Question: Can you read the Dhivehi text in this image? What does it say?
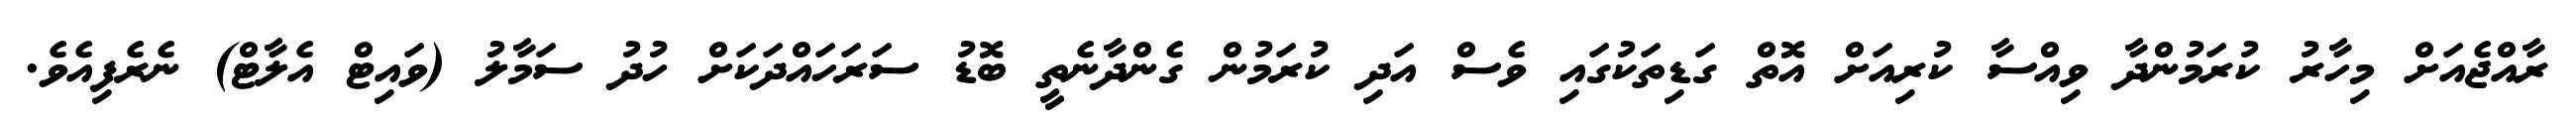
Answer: ރާއްޖެއަށް މިހާރު ކުރަމުންދާ ވިއްސާ ކުރިއަށް އޮތް ގަޑިތަކުގައި ވެސް އަދި ކުރަމުން ގެންދާނެތީ ބޮޑު ސަރަހައްދަކަށް ހުދު ސަމާލު (ވައިޓް އެލާޓް) ނެރެފިއެވެ.